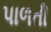
પાળતી